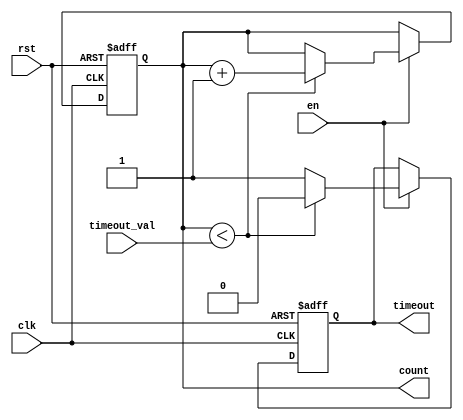
module timeout_counter (
    input wire clk,                // Clock input
    input wire rst,                // Asynchronous reset
    input wire en,                 // Enable signal
    input wire [7:0] timeout_val,  // Configurable time-out value (8-bit for example)
    output reg timeout,            // Time-out signal
    output reg [7:0] count         // Current counter value (8-bit for example)
);

    // Asynchronous reset and counter logic
    always @(posedge clk or posedge rst) begin
        if (rst) begin
            count <= 8'b0;          // Reset counter to 0
            timeout <= 1'b0;        // Deassert time-out signal
        end else if (en) begin
            if (count < timeout_val) begin
                count <= count + 1; // Increment counter
                timeout <= 1'b0;     // Keep time-out signal deasserted
            end else begin
                timeout <= 1'b1;     // Assert time-out signal
            end
        end
    end

endmodule